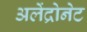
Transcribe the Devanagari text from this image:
अलेंद्रोनेट